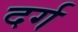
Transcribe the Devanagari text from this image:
दर्ग